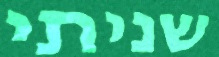
שניתי